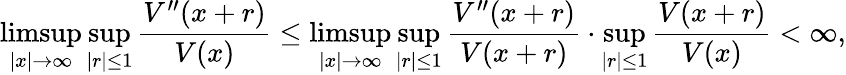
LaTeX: \operatorname*{limsup}_{|x|\to\infty}\operatorname*{sup}_{|r|\le 1}\frac{V^{\prime\prime}(x+r)}{V(x)}\le\operatorname*{limsup}_{|x|\to\infty}\operatorname*{sup}_{|r|\le 1}\frac{V^{\prime\prime}(x+r)}{V(x+r)}\cdot\operatorname*{sup}_{|r|\le 1}\frac{V(x+r)}{V(x)}<\infty,